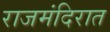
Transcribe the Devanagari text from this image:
राजमंदिरात